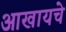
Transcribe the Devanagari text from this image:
आखायचे